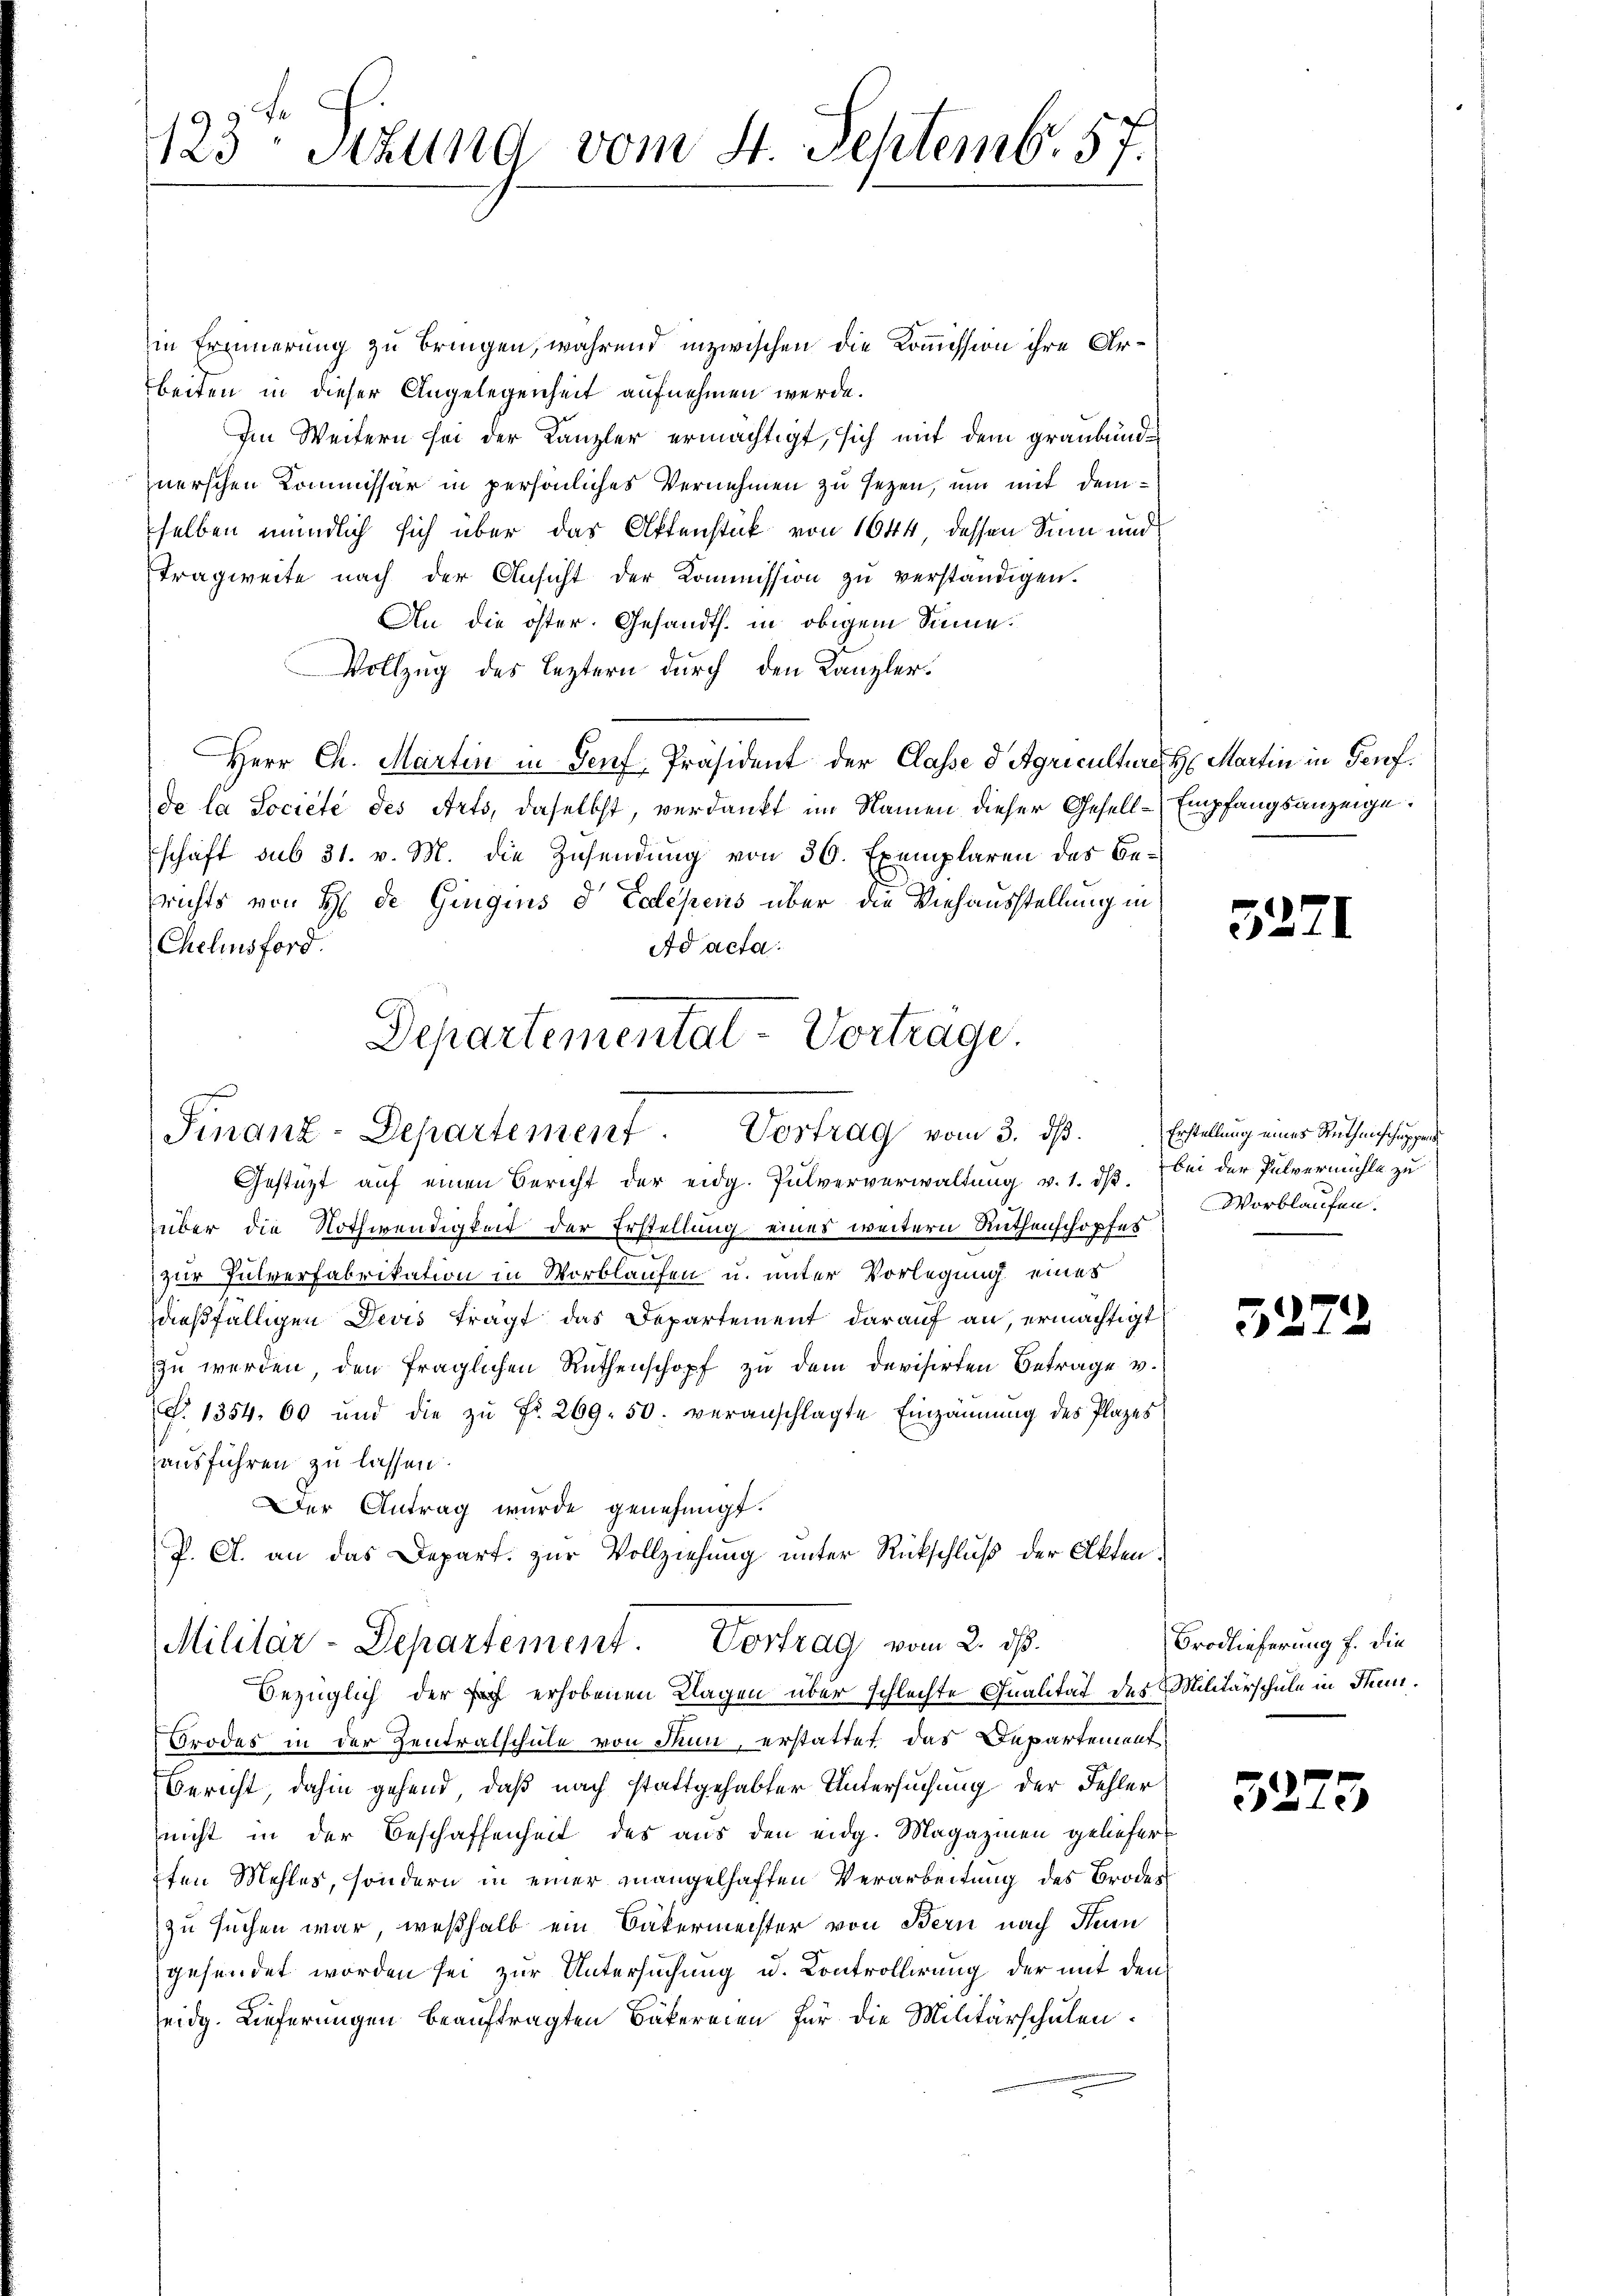
123 Stund vom 4. Septemb. 57.

in Erinnerung zu bringen, während inzwischen die Kommission ihre Arbeiten in dieser Angelegenheit aufnehmen werde.
Im Weitern sei der Kanzler ermächtigt, sich mit dem graubündnerschen Kommissär in persönliches Vernehmen zu sezen, um mit demselben mündlich sich über das Aktenstück von 1644, dessen Sinn und
Tragweite nach der Ansicht der Kommission zŭ verständigen.
An die öster. Gesandts. in obigem Sinne.
Vollzug des Leztern durch den Kanzler.
Herr Ch. Martin in Genf-Präsident der Classe d Agriculture Martin in Genf.
de la Societe des Arts, daselbst, verdankt im Namen dieser Gesell-Empfangsanzeige.
schaft sub 31. v. M. die Zusendung von 30. Exemplaren des Besrichts von H. de Gingins d Edlepens über die Viehausstellung in
Chelinsford
Ad acta.
Departemental-Vortrage.

Finanz-Departement. Vortrag vom 3. ds. Erstellung einer Ruthenschaffen

Gestatt auf einen Bericht der eidg. Pulververwaltŭng v. 1. dβ.
über die Nothwendigkeit der Erstellung eines weitern Ruthenschopfes
zur Pulverfabrikation in Vorblaufen u. unter Vorlegung einer
dießfälligen Devis tragt das Departement darauf an, ermächtigt
zu werden, den fraglichen Ruthenschopf zu dem devisirten Betrage v.
P. 1354. 60 und die zu Fr. 269. 50. veranschlagte Einzäunung des Plazes
ausführen zu lassen.
Der Antrag wurde genehmigt.
P. A. an das Depart. zur Vollziehung unter Rückschluß der Akten¬
Brodes in der Zentralschule von Thun, erstattet das Departement
Bericht, dahin gehend, daß nach stattgehabter Untersuchung der Fehler
nicht in der Beschaffenheit des aus den eidg. Magazinen geliefert
pfen Mehles, sondern in einer mangelhaften Verarbeitung des Brodes
zu suchen war, weßhalb ein Bäkermeister von Bern nach Hein
gesendet worden sei zur Untersuchung u. Controllirung der mit den
seidg. Lieferungen beauftragten Bäkereien für die Militärschulen.

Militär-Departement. Vortrag vom 2. ds.
Bezüglich der Fr. erhobenen Klagen über schlechte Qualität des Militärschule in Thun¬

3271

bei der Pulvermühle zu
Worblaufen.

5272

Brodlieferung f. die

3273